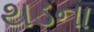
થડના